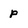
Character: p